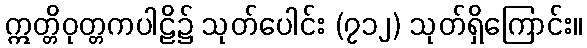
ဣတ္တိဝုတ္တကပါဠိ၌ သုတ်ပေါင်း (၇၁၂) သုတ်ရှိကြောင်း။